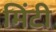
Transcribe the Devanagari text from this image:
मिंटी